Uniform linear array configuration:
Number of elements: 16
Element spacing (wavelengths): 0.5
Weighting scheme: blackman
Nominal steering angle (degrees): -30
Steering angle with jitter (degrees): -28.14
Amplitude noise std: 0.05
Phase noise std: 0.05

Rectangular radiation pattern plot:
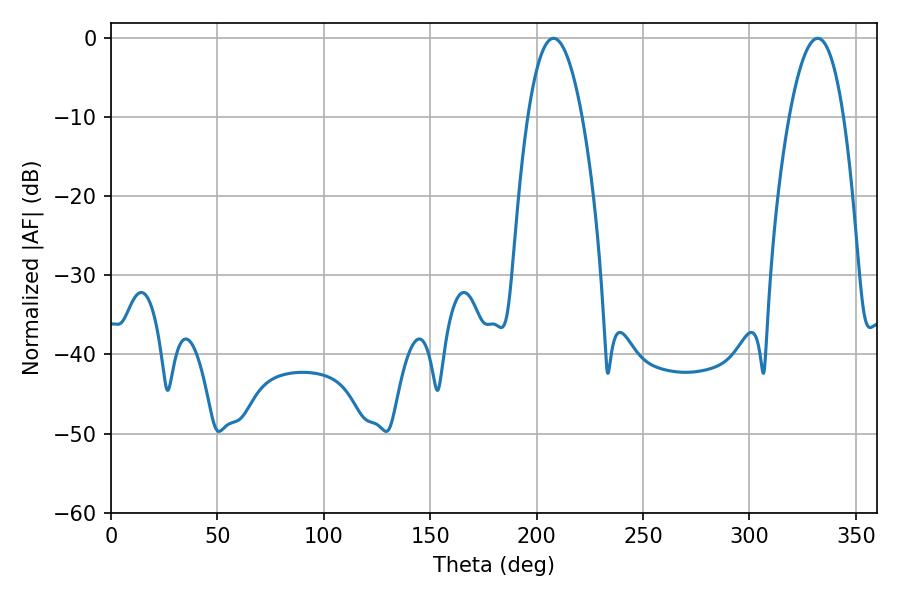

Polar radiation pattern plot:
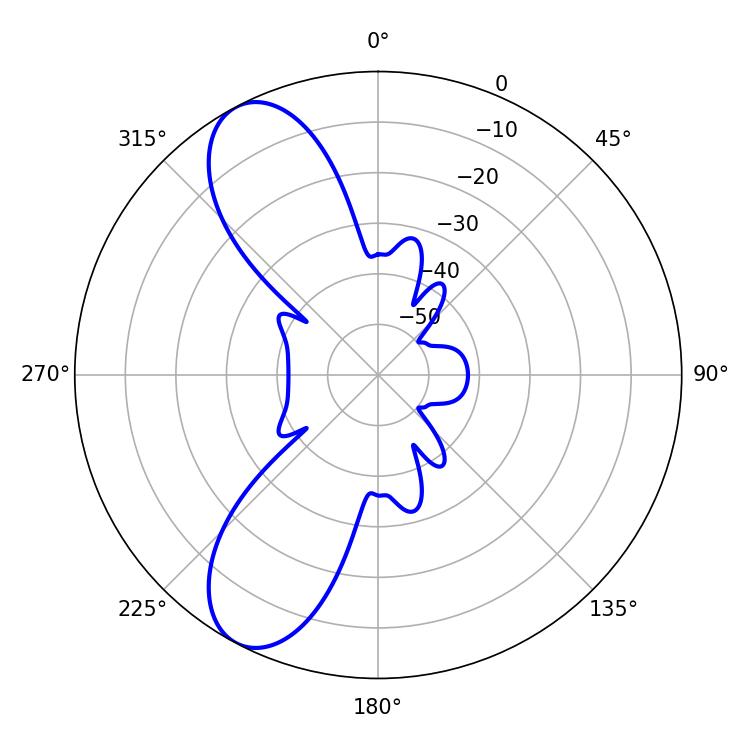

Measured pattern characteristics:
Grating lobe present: FALSE
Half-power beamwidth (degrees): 14.22
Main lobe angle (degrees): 207.9